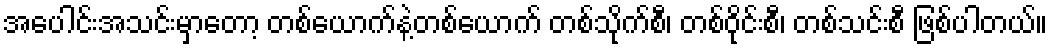
အပေါင်းအသင်းမှာတော့ တစ်ယောက်နဲ့တစ်ယောက် တစ်သိုက်စီ၊ တစ်ဝိုင်းစီ၊ တစ်သင်းစီ ဖြစ်ပါတယ်။